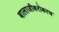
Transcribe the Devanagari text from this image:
बालाजीबरोबरच